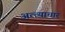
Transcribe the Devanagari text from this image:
अत्त्याचार